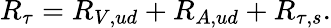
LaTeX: R_{\tau}=R_{V,ud}+R_{A,ud}+R_{\tau,s}.